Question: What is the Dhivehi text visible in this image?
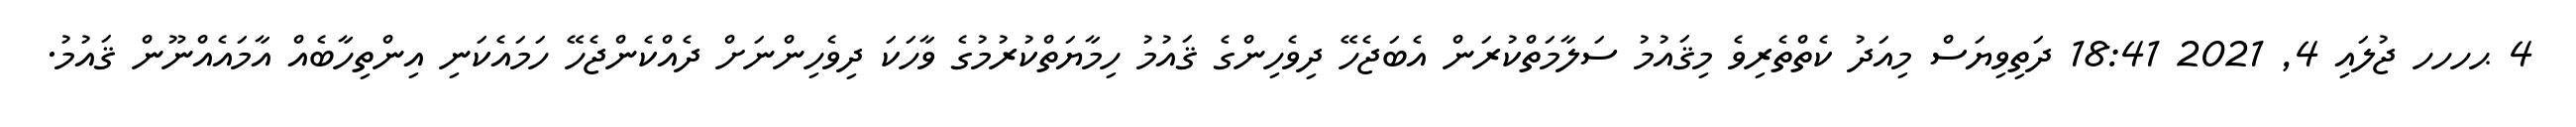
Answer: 4 ޙހހހ ޖުލައި 4, 2021 18:41 ދަތިވިޔަސް މިއަދު ކެތްތެރިވެ މިޤައުމު ސަލާމަތްކުރަން އެބަޖެހޭ ދިވެހިންގެ ޤައުމު ހިމާޔަތްކުރުމުގެ ވާހަކަ ދިވެހިންނަށް ދެއްކެންޖެހޭ ހަމައެކަނި އިންތިހާބެއް އާމައެއްނޫން ޤައުމު.